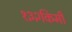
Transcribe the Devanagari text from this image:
१३२किमी